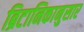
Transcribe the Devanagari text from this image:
ब्रिटानिकानुसार